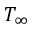
T _ { \infty }